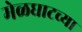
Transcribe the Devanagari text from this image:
मेळघाटच्या